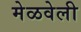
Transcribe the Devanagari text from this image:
मेळवेली